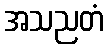
အသညတံ